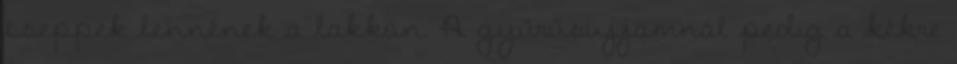
cseppek lennének a lakkon. A gyűrűsujjamnál pedig a kékre